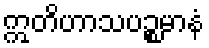
ဣတိဟာသပဉ္စမာနံ